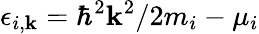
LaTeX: \epsilon_{i,\mathbf{k}}=\hbar^{2}\mathbf{k}^{2}/2m_{i}-\mu_{i}